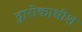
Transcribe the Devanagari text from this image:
द्वारीकाधीश